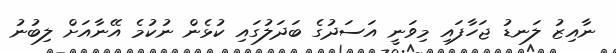
ނާއިޒު ލަނޑު ޖަހާފައި މިވަނީ އަސަދުގެ ބަދަލުގައި ކުޅެން ނުކުމެ އޭނާއަށް ލިބުނު